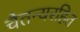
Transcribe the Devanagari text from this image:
चैतन्यरहित